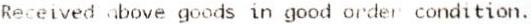
RECEIVED ABOVE GOODS IN GOOD ORDER CONDITION.